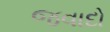
જવાદો